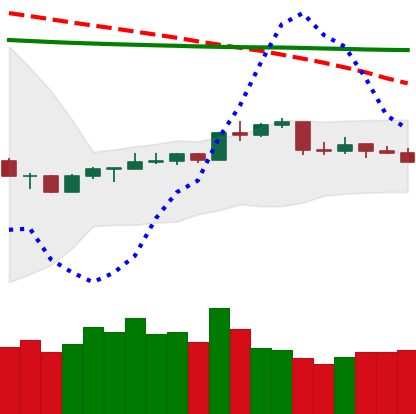
Ticker: NEO-USD
Chart end date: 2020-04-15
Forward return: 3.859%
Label: up_3_5